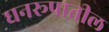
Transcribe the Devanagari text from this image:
घनरूपातील